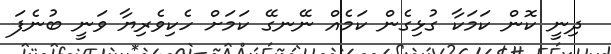
ދިނީ ކޮން ކަމަކާ ގުޅިގެން ކަމެއް ނޭނގޭ ކަމަށް ހެކިވެރިޔާ ވަނީ ބުނެފަ